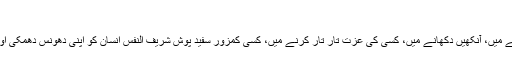
‘
اتوار 21 جولائی 2019 10:15
اپنے ملک میں بھائی ہم سب ’آزاد‘ ہیں، دانت کچکچانے میں، آنکھیں دکھانے میں، کسی کی عزت تار تار کرنے میں، کسی کمزور سفید پوش شریف النفس انسان کو اپنی دھونس دھمکی اور زور زبردستی سے مجبور کرنے میں(اے ایف پی)
دیکھ کر نہیں چلتا، اندھا ہے کیا؟